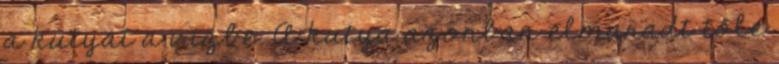
a kutyát a vízbe. A kutya azonban elmaradt tőle